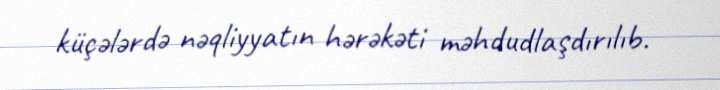
küçələrdə nəqliyyatın hərəkəti məhdudlaşdırılıb.